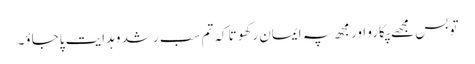
تو بس مجھے پکارو اور مجھ پہ ایمان رکھو تاکہ تم سب رشد و ہدایت پاجاؤ۔